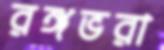
রঙ্গভরা